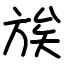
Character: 𫞀